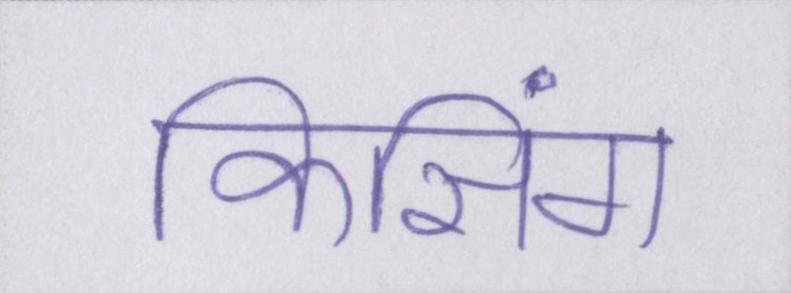
किसिंग